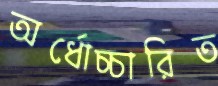
অর্ধোচ্চারিত